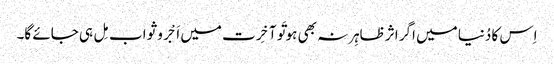
اِس کا دُنیا میں اگر اثر ظاہِر نہ بھی ہو تَو آخِرت میں اَجْر و ثواب مِل ہی جائے گا۔